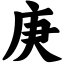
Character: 庚